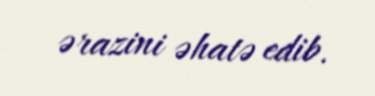
ərazini əhatə edib.